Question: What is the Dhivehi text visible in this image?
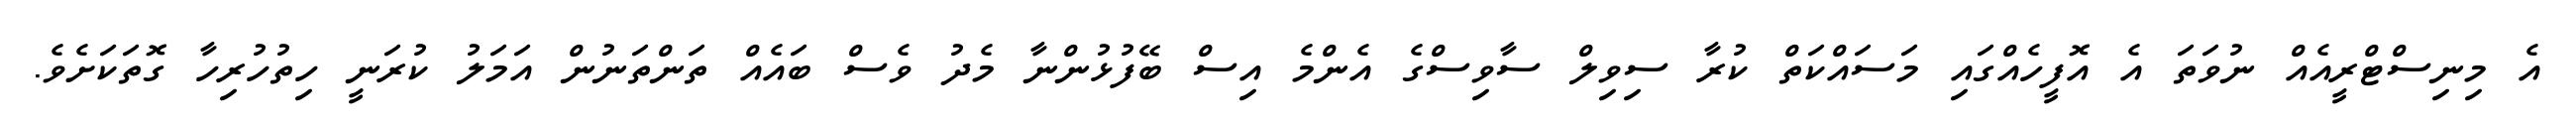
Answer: އެ މިނިސްޓްރީއެއް ނުވަތަ އެ އޮފީހެއްގައި މަސައްކަތް ކުރާ ސިވިލް ސާވިސްގެ އެންމެ އިސް ބޭފުޅުންނާ މެދު ވެސް ބައެއް ތަންތަނުން އަމަލު ކުރަނީ ހިތުހުރިހާ ގޮތަކަށެވެ.